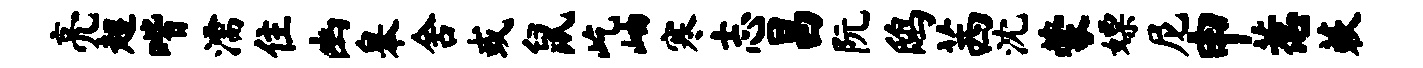
亮超喈濡住幽皋舍或鼠屹岫寒志昌阮鸱茜沈蒙嫖尼申惹蔌